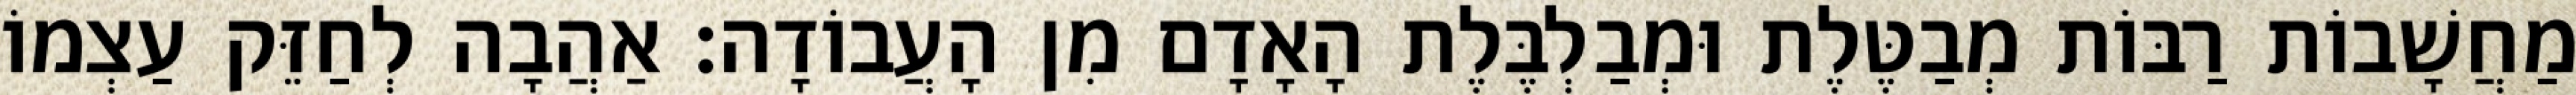
מַחֲשָׁבוֹת רַבּוֹת מְבַטֶּלֶת וּמְבַלְבֶּלֶת הָאָדָם מִן הָעֲבוֹדָה: אַהֲבָה לְחַזֵּק עַצְמוֹ